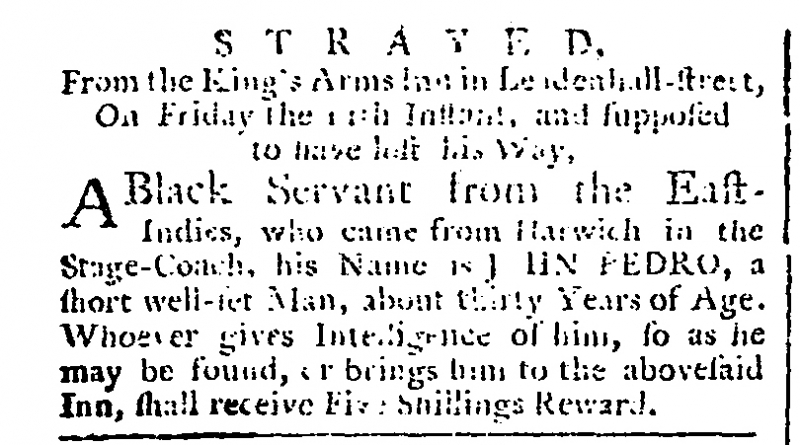
Public Ledger, Or, Daily Register of Commerce and Intelligence, 15 December 1761 (England)
               S T R A Y E D.From the King’s Arms Inn in Leadenhall-street, On Friday the 11th Instant, and supposed to have lost his Way.  A Black Servant from the East Indies, who came from Harwich in the Stage-Coach, his Name is JOHN PEDRO, a short well-set Man, about thirty Years of Age. Whoever gives Intelligence of him, so as he may be found, or brings him to the abovesaid Inn, shall receive Five Shillings Reward.